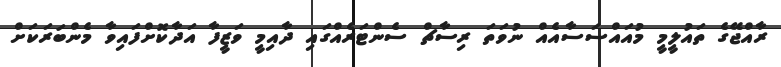
ރާއްޖޭގެ ތައުލީމީ މުއައްސަސާއެއް ނުވަތަ ރިސާޗް ސެންޓަރެއްގައި ދާއިމީ ވަޒީފާ އަދާކޮށްފައިވާ މެންބަރަކަށް